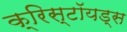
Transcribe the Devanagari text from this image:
क्रिस्टॉयड्स